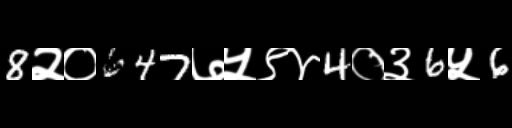
Text: 8२०647७५९४4०३6५6